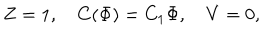
Z = 1 , C ( \Phi ) = C _ { 1 } \Phi , V = 0 ,